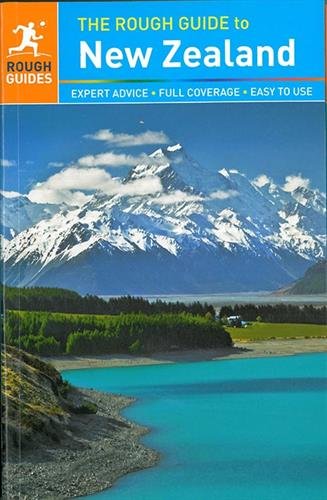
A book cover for The Rough Guide to New Zealand; Rough Guides; Travel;